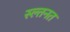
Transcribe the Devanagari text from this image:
स्ल्तनत